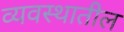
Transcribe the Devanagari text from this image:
व्यवस्थातील